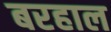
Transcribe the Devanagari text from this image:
बरहाल